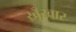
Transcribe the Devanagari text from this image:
ख़ूँख़ार